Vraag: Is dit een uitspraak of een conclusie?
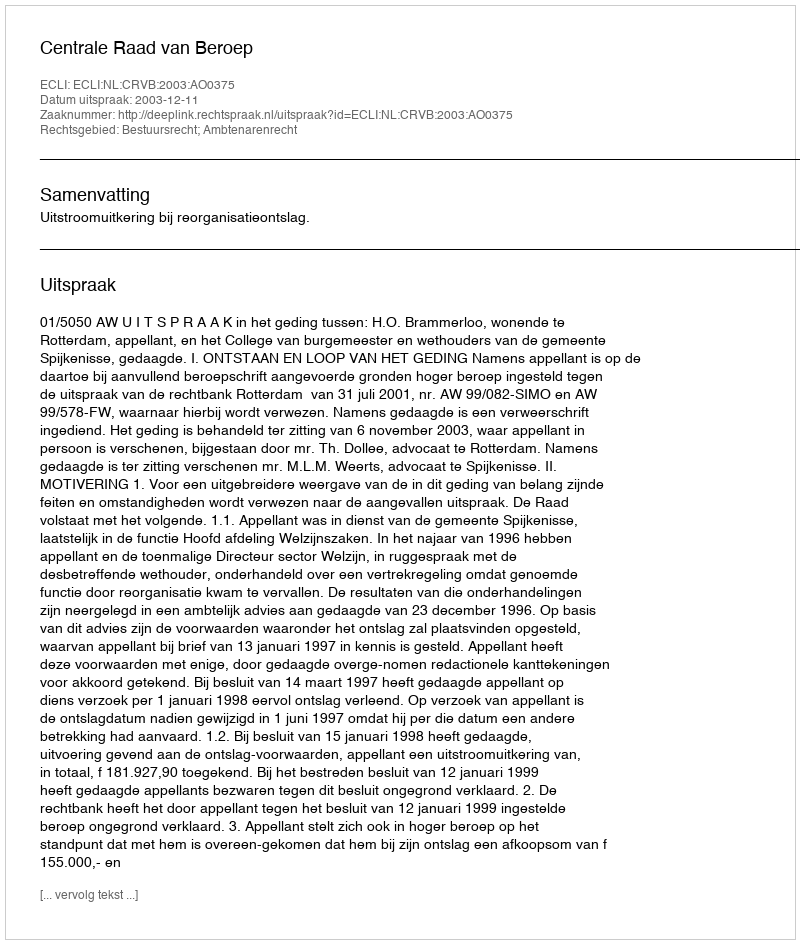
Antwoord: Uitspraak